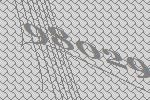
98029